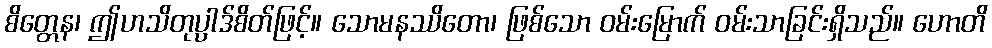
စိတ္တေန၊ ဤဟသိတုပ္ပါဒ်စိတ်ဖြင့်။ သောမနဿိတော၊ ဖြစ်သော ဝမ်းမြောက် ဝမ်းသာခြင်းရှိသည်။ ဟောတိ